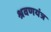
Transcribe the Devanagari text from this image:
श्रवणयंत्र